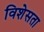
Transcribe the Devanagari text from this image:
विशेसता